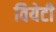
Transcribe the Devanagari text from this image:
वियेटी